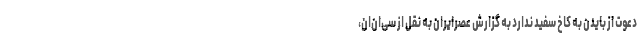
دعوت از بایدن به کاخ سفید ندارد به گزارش عصرایران به نقل از سی‌ان‌ان،